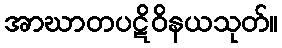
အာဃာတပဋိဝိနယသုတ်။